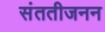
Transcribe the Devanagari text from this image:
संततीजनन